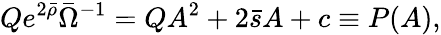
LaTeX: Qe^{2\bar{\rho}}\bar{\Omega}^{-1}=QA^{2}+2\bar{s}A+c\equiv P(A),